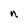
Character: n